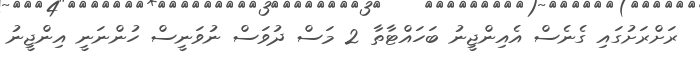
ރަށްރަށުގައި ގެނެސް އެއިންޖީނު ބަހައްޓާތާ 2 މަސް ދުވަސް ނުވަނީސް ހުންނަނީ އިންޖީނު